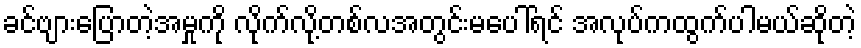
ခင်ဗျားပြောတဲ့အမှုကို လိုက်လို့တစ်လအတွင်းမပေါ်ရင် အလုပ်ကထွက်ပါမယ်ဆိုတဲ့